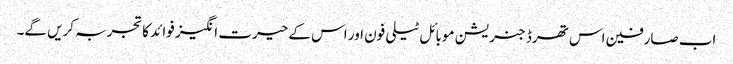
اب صارفین اس تھرڈ جنریشن موبائل ٹیلی فون اور اس کے حیرت انگیز فوائد کاتجربہ کریں گے۔